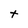
Character: t